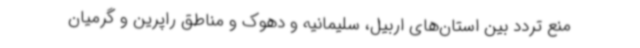
منع تردد بین استان‌های اربیل، سلیمانیه و دهوک و مناطق راپرین و گرمیان